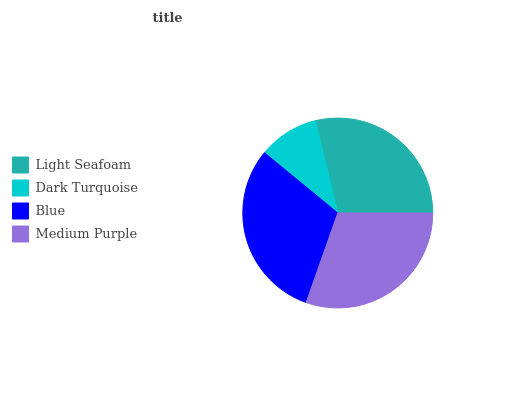
| Light Seafoam | Dark Turquoise | Blue | Medium Purple |
 | --- | --- | --- | --- |
 | 28.8% | 10.3% | 30.5% | 30.4% |